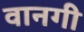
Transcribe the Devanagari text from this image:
वानगी